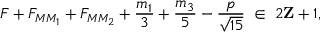
F + F _ { M M _ { 1 } } + F _ { M M _ { 2 } } + \frac { m _ { 1 } } { 3 } + \frac { m _ { 3 } } { 5 } - \frac { p } { \sqrt { 1 5 } } \; \in \; 2 { \bf Z } + 1 ,